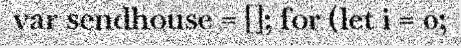
var sendhouse = []; for (let i = 0;